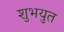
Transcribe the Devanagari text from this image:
शुभयुत